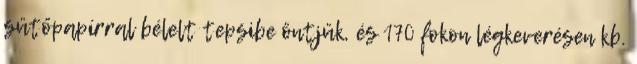
sütőpapírral bélelt tepsibe öntjük, és 170 fokon légkeverésen kb.